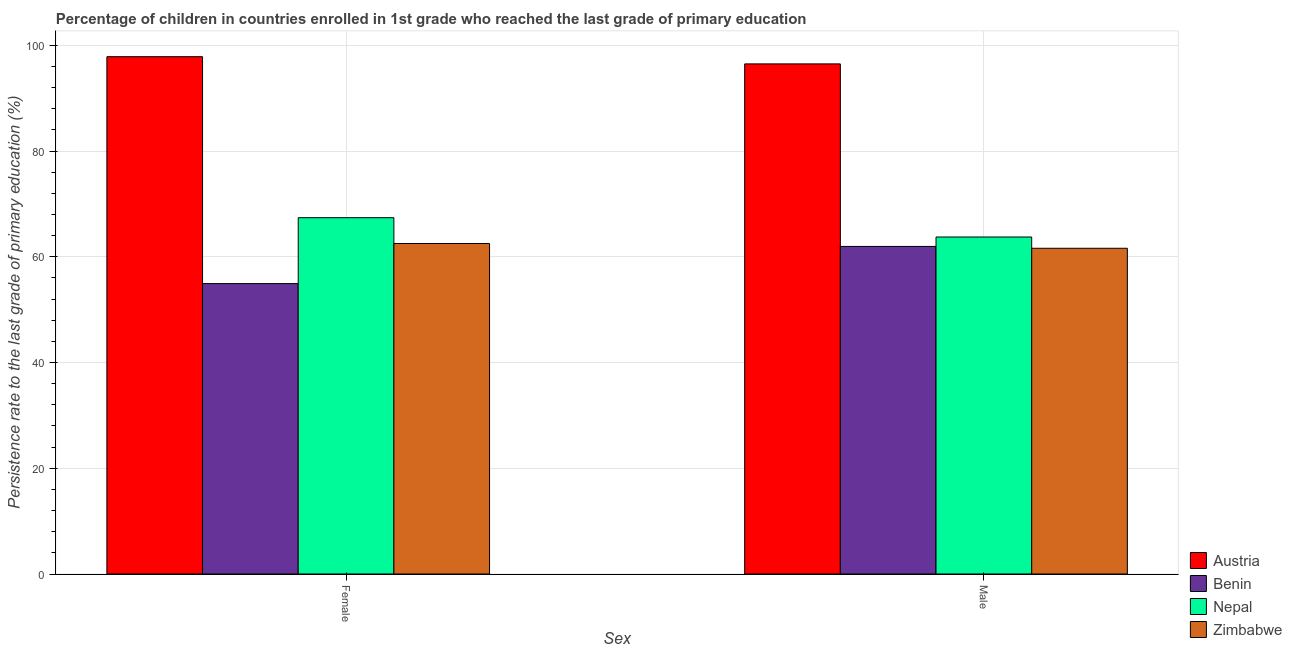
| Sex | Austria | Benin | Nepal | Zimbabwe |
 | --- | --- | --- | --- | --- |
 | Female | 97.9 | 54.9 | 67.4 | 62.5 |
 | Male | 96.5 | 62 | 63.8 | 61.6 |